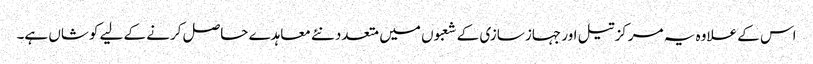
اس کے علاوہ یہ مرکز تیل اور جہاز سازی کے شعبوں میں متعدد نئے معاہدے حاصل کرنے کے لیے کوشاں ہے۔